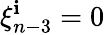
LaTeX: \xi_{n-3}^{\mathbf{i}}=0